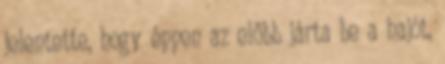
jelentette, hogy éppen az előbb járta be a hajót,